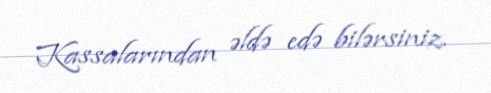
Kassalarından əldə edə bilərsiniz.